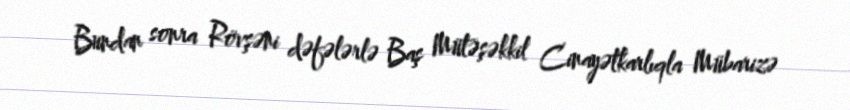
Bundan sonra Rövşəni dəfələrlə Baş Mütəşəkkil Cinayətkarlıqla Mübarizə